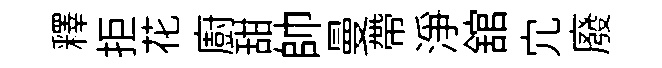
釋拒花廚甜帥曼帶浄舘宂廢